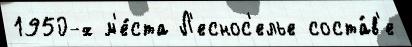
1950-х м'е́ста Л'еснос'елье соста́в'е